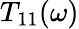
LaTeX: T_{11}(\omega)